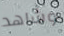
وشاهد